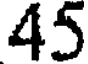
45